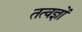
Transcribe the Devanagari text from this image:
तत्वज्ञों